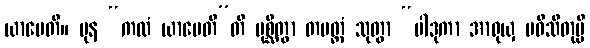
ယာပေတိ။ ပုန “ကထံ ယာပေတီ”တိ ပုစ္ဆိတွာ တမတ္ထံ သုတွာ “ပါဒုကာ အာရုယှ ပဝိသိတုမ္ပိ